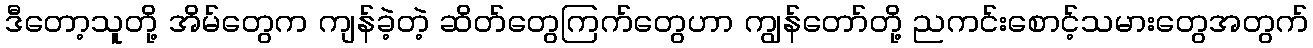
ဒီတော့သူတို့ အိမ်တွေက ကျန်ခဲ့တဲ့ ဆိတ်တွေကြက်တွေဟာ ကျွန်တော်တို့ ညကင်းစောင့်သမားတွေအတွက်